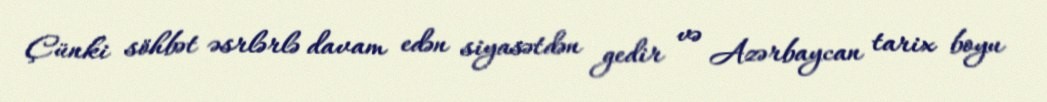
Çünki söhbət əsrlərlə davam edən siyasətdən gedir və Azərbaycan tarix boyu